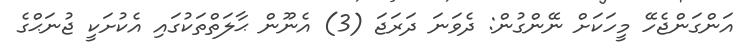
އަންގަންޖެހޭ މީހަކަށް ނޭންގުން: ދެވަނަ ދަރަޖަ (3) އެނޫން ޙާލަތްތަކުގައި އެކުށަކީ ޖުނަޙްގެ